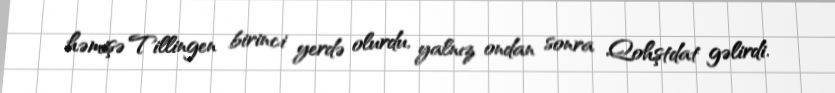
həmişə Tillingen birinci yerdə olurdu, yalnız ondan sonra Qohştdat gəlirdi.